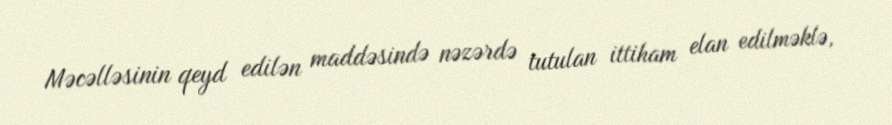
Məcəlləsinin qeyd edilən maddəsində nəzərdə tutulan ittiham elan edilməklə,